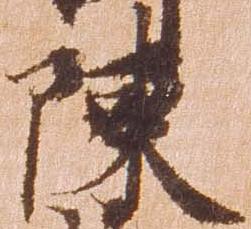
陳